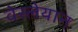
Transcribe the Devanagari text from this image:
वेस्लेयान